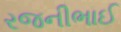
રજનીભાઈ